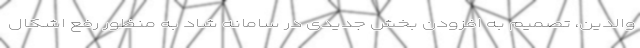
والدین، تصمیم به افزودن بخش جدیدی در سامانه شاد به منظور رفع اشکال